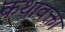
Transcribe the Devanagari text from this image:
कथावक्ता